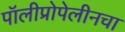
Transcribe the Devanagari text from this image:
पॉलीप्रोपेलीनचा